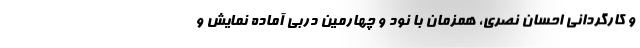
و کارگردانی احسان نصری، همزمان با نود و چهارمین دربی آماده نمایش و